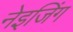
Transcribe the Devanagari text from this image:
नेइजिंग